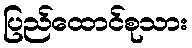
ပြည်ထောင်စုသား